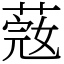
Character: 𦶲